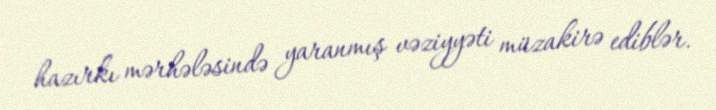
hazırkı mərhələsində yaranmış vəziyyəti müzakirə ediblər.